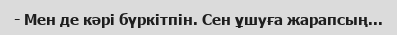
- Мен де кәрі бүркітпін. Сен ұшуға жарапсың...